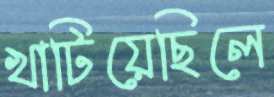
খাটিয়েছিলে